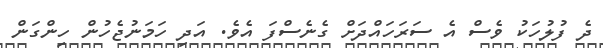
ދެ ފުލުހަކު ވެސް އެ ސަރަހައްދަށް ގެނެސްފަ އެވެ. އަދި ހަމަނުޖެހުން ހިންގަން